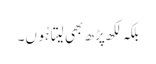
بلکہ لکھ پڑھ بھی لیتا ہُوں۔